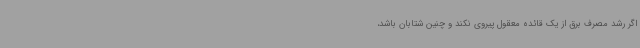
اگر رشد مصرف برق از یک قائده معقول پیروی نکند و چنین شتابان باشد،